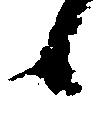
候